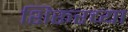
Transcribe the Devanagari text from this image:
शिरूरच्या